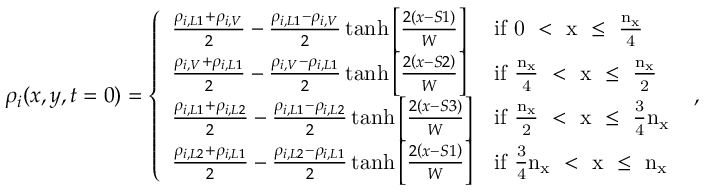
\rho _ { i } ( x , y , t = 0 ) = \left\{ \begin{array} { l l } { \frac { \rho _ { i , L 1 } + \rho _ { i , V } } { 2 } - \frac { \rho _ { i , L 1 } - \rho _ { i , V } } { 2 } \operatorname { t a n h } { \left[ \frac { 2 \left( x - S 1 \right) } { W } \right] } } & { \mathrm { i f ~ 0 ~ < ~ x ~ \leq ~ \frac { n _ x } { 4 } ~ } } \\ { \frac { \rho _ { i , V } + \rho _ { i , L 1 } } { 2 } - \frac { \rho _ { i , V } - \rho _ { i , L 1 } } { 2 } \operatorname { t a n h } { \left[ \frac { 2 \left( x - S 2 \right) } { W } \right] } } & { \mathrm { i f ~ \frac { n _ x } { 4 } ~ < ~ x ~ \leq ~ \frac { n _ x } { 2 } ~ } } \\ { \frac { \rho _ { i , L 1 } + \rho _ { i , L 2 } } { 2 } - \frac { \rho _ { i , L 1 } - \rho _ { i , L 2 } } { 2 } \operatorname { t a n h } { \left[ \frac { 2 \left( x - S 3 \right) } { W } \right] } } & { \mathrm { i f ~ \frac { n _ x } { 2 } ~ < ~ x ~ \leq ~ \frac { 3 } { 4 } n _ x ~ } } \\ { \frac { \rho _ { i , L 2 } + \rho _ { i , L 1 } } { 2 } - \frac { \rho _ { i , L 2 } - \rho _ { i , L 1 } } { 2 } \operatorname { t a n h } { \left[ \frac { 2 \left( x - S 1 \right) } { W } \right] } } & { \mathrm { i f ~ \frac { 3 } { 4 } n _ x ~ < ~ x ~ \leq ~ n _ x ~ } } \end{array} \right. ,